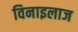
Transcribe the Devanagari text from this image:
विनाइलाज